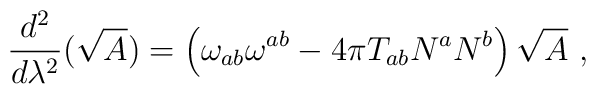
\frac{d^2}{d\lambda^2}(\sqrt{A}) = \left( \omega_{ab} \omega^{ab} -4\pi T_{ab}N^a N^b \right) \sqrt{A} \ ,